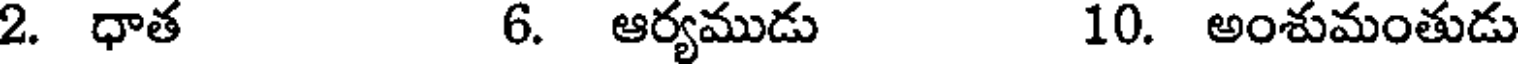
2. ధాత 6. ఆర్యముడు 10. అంశుమంతుడు